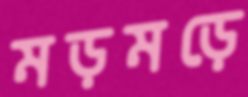
মড়মড়ে